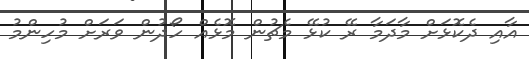
އާއި ދެކޮޅަށް މާދަމާ ރޭ ކުޅޭ މެޗުން މޮޅެއް ހޯދުން ވަރަށް މުހިންމު